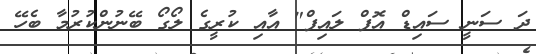
ދަ ސަނީ ސައިޑް އޮފް ލައިފް" އާއި ކުރީގެ ލޯގޯ ބޭނުންކުރުމާ ބެހޭ